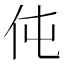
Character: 伅